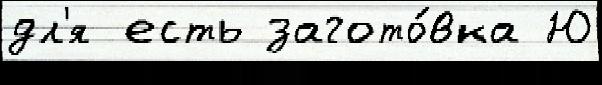
дл'я есть загото́вка Ю